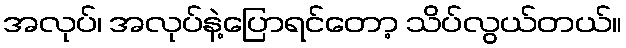
အလုပ်၊ အလုပ်နဲ့ပြောရင်တော့ သိပ်လွယ်တယ်။